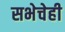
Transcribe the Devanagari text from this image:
सभेचेही